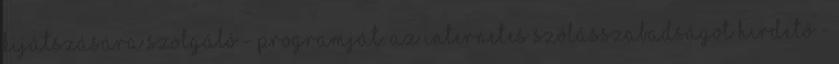
kijátszására szolgáló - programját. Az internetes szólásszabadságot hirdető -